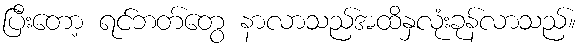
ပြီးတော့ ရင်ဘတ်တွေ နာလာသည်အထိနှလုံးခုန်လာသည်။